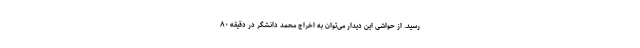
رسید. از حواشی این دیدار می‌توان به اخراج محمد دانشگر در دقیقه ۸۰